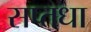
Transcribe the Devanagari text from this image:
सप्तधा